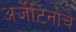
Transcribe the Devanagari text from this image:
अर्जेंटिनाचे